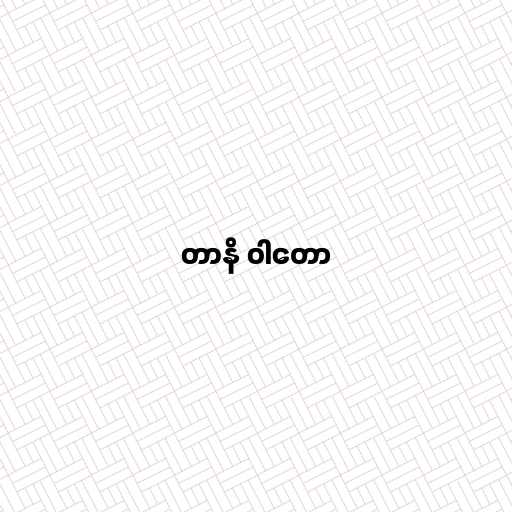
တာနိ ဝါတော